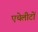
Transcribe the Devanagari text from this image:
एथेलीटों